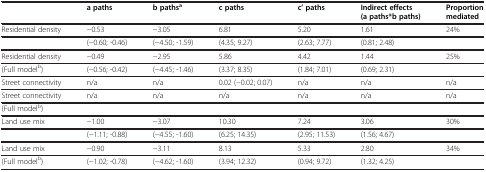
<table><thead><tr><td><b> </b></td><td><b>a paths</b></td><td><b>b paths<sup>a</sup></b></td><td><b>c paths</b></td><td><b>c’ paths</b></td><td><b>Indirect effects (a paths*b paths)</b></td><td><b>Proportion mediated</b></td></tr></thead><tbody><tr><td>Residential density</td><td>−0.53</td><td>−3.05</td><td>6.81</td><td>5.20</td><td>1.61</td><td>24%</td></tr><tr><td> </td><td>(−0.60; -0.46)</td><td>(−4.50; -1.59)</td><td>(4.35; 9.27)</td><td>(2.63; 7.77)</td><td>(0.81; 2.48)</td><td> </td></tr><tr><td>Residential density</td><td>−0.49</td><td>−2.95</td><td>5.86</td><td>4.42</td><td>1.44</td><td>25%</td></tr><tr><td>(Full model<sup>b</sup>)</td><td>(−0.56; -0.42)</td><td>(−4.45; -1.46)</td><td>(3.37; 8.35)</td><td>(1.84; 7.01)</td><td>(0.69; 2.31)</td><td> </td></tr><tr><td>Street connectivity</td><td>n/a</td><td>n/a</td><td>0.02 (−0.02; 0.07)</td><td>n/a</td><td>n/a</td><td>n/a</td></tr><tr><td>Street connectivity</td><td>n/a</td><td>n/a</td><td>n/a</td><td>n/a</td><td>n/a</td><td>n/a</td></tr><tr><td>(Full model<sup>b</sup>)</td><td> </td><td> </td><td> </td><td> </td><td> </td><td> </td></tr><tr><td>Land use mix</td><td>−1.00</td><td>−3.07</td><td>10.30</td><td>7.24</td><td>3.06</td><td>30%</td></tr><tr><td> </td><td>(−1.11; -0.88)</td><td>(−4.55; -1.60)</td><td>(6.25; 14.35)</td><td>(2.95; 11.53)</td><td>(1.56; 4.67)</td><td> </td></tr><tr><td>Land use mix</td><td>−0.90</td><td>−3.11</td><td>8.13</td><td>5.33</td><td>2.80</td><td>34%</td></tr><tr><td>(Full model<sup>b</sup>)</td><td>(−1.02; -0.78)</td><td>(−4.62; -1.60)</td><td>(3.94; 12.32)</td><td>(0.94; 9.72)</td><td>(1.32; 4.25)</td><td> </td></tr></tbody></table>